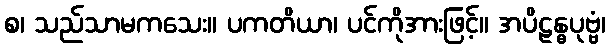
စ၊ သည်သာမကသေး။ ပကတိယာ၊ ပင်ကိုအားဖြင့်။ အပိဠန္ဓပုဗ္ဗံ၊